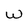
Character: w